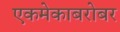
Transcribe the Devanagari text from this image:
एकमेकाबरोबर